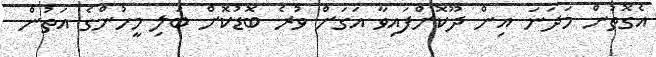
އެގޮތުން މަދަނަ އިން ދޫކޮށްފައިވާ އަގަށް ވުރެ ބޮޑުކޮށް ބަލި މީހުންގެ އަތުން